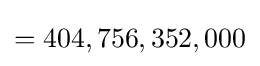
=404,756,352,000